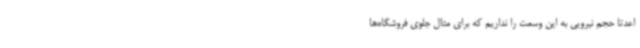
اعدتاً حجم نیرویی به این وسعت را نداریم که برای مثال جلوی فروشگاه‌ها